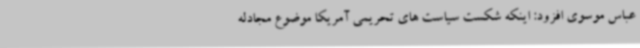
عباس موسوی افزود: اینکه شکست سیاست های تحریمی آمریکا موضوع مجادله